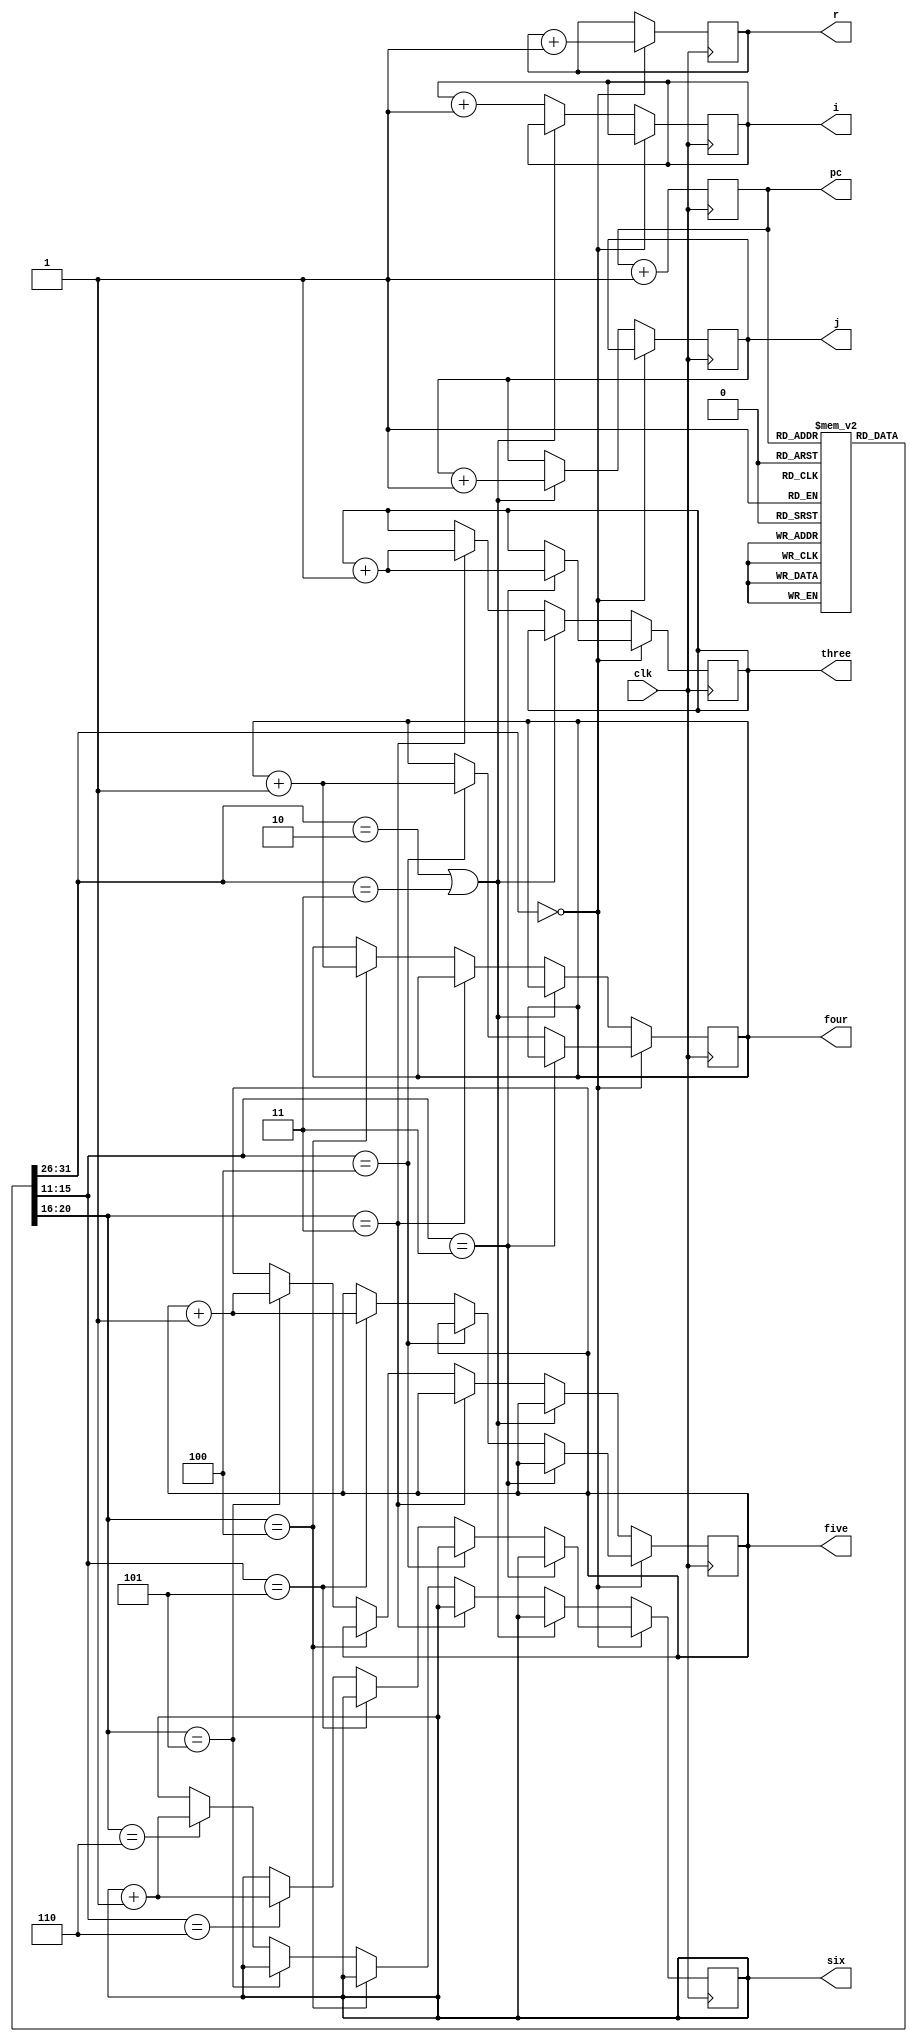
module main(clk, pc, r, i, j, three, four, five, six);
    
    input clk;
    output reg [2:0] pc = 3'b0;
    output reg [2:0] r = 3'b0;
    output reg [2:0] i = 3'b0;
    output reg [2:0] j = 3'b0;
    output reg [2:0] three = 3'b0;
    output reg [2:0] four = 3'b0;
    output reg [2:0] five = 3'b0;
    output reg [2:0] six = 3'b0;

    reg [31:0] registers[0:7];
    
    wire [31:0] curr_inst;
    wire [5:0] curr_opcode;
    wire [4:0] curr_rd;
    wire [4:0] curr_rt;

    assign curr_inst = registers[pc];
    assign curr_opcode = curr_inst[31:26];
    assign curr_rd = curr_inst[15:11];
    assign curr_rt = curr_inst[20:16];

    initial begin
        registers[0]=32'b00100000000001000011010001010110;
        registers[1]=32'b00100000000001011111111111111111;
        registers[2]=32'b00000000101001000011000000010100;
        registers[3]=32'b00100000000000110000000000000111;
        registers[4]=32'b00000000110000110011000000000100;
        registers[5]=32'b00000000000000110001100001000010;
        registers[6]=32'b01011100100001011001101010111100;
        registers[7]=32'b00001000000100100011010001010110;
    end

    always @(posedge clk) begin

        if (curr_opcode == 0) begin
            // R
            r <= #1 r + 1;
            if (curr_rd == 3) begin
              three <= #1 three + 1;
            end
            else if (curr_rd == 4) begin
              four <= four + 1;
            end
            else if (curr_rd == 5) begin
              five <= five + 1;
            end
            else if (curr_rd == 6) begin
              six <= six + 1;
            end
        end
        else if (curr_opcode == 2 | curr_opcode == 3) begin
            // J
            j <= #1 j + 1;
        end
        else begin
            // I
            i<= #1 i + 1;
            if (curr_rt == 3) begin
              three <= #1 three + 1;
            end
            else if (curr_rt == 4) begin
              four <= four + 1;
            end
            else if (curr_rt == 5) begin
              five <= five + 1;
            end
            else if (curr_rt == 6) begin
              six <= six + 1;
            end
        end

        // $display("%b %b\n", curr_inst, curr_opcode);

        pc <= #1 pc + 1;
    end

endmodule